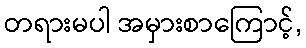
တရားမပါ အမှားစာကြောင့်,